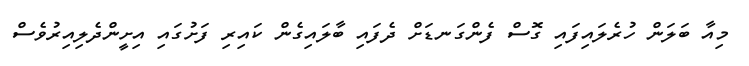
މިއާ ބަލަން ހުރެލައިފައި ގޮސް ފެންގަނޑަށް ދެފައި ބާލައިގެން ކައިރި ފަށުގައި އިށީންދެލިއިރުވެސް